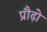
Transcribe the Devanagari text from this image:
प्रौढ़ो